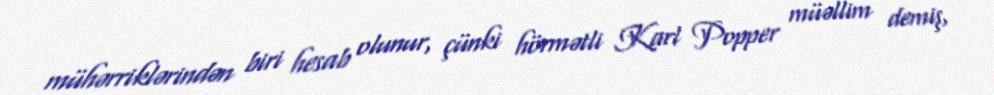
mühərriklərindən biri hesab olunur, çünki hörmətli Karl Popper müəllim demiş,